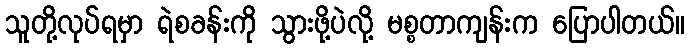
သူတို့လုပ်ရမှာ ရဲစခန်းကို သွားဖို့ပဲလို့ မစ္စတာကျန်းက ပြောပါတယ်။